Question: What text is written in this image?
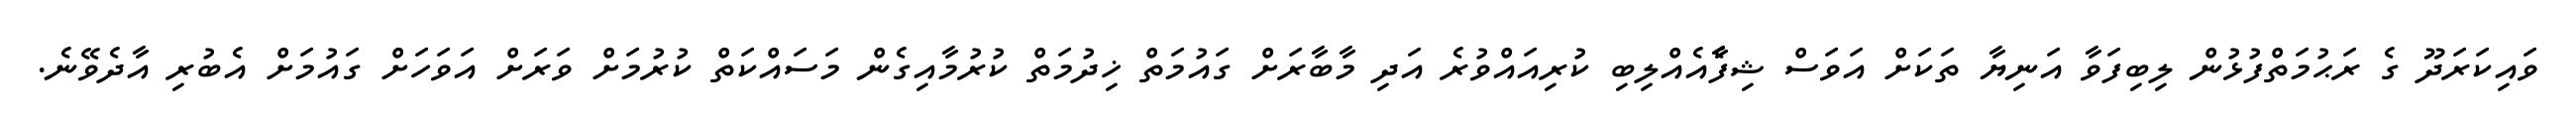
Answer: ވައިކަރަދޫ ގެ ރަޙުމަތްފުޅުން ލިބިފަވާ އަނިޔާ ތަކަށް އަވަސް ޝިފާެއެއްލިބި ކުރިއައްވުރެ އަދި މާބާރަށް ގައުމަތް ޚިދުމަތް ކުރުމާއިގެން މަސައްކަތް ކުރުމަށް ވަރަށް އަވަހަށް ގައުމަށް އެބުރި އާދެވޭނެ.